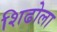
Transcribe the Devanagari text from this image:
शिढोला